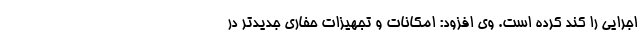
اجرایی را کند کرده است. وی افزود: امکانات و تجهیزات حفاری جدیدتر در